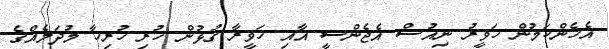
އެހެންކަމުން ހަވީރު ނިއުސް އެޖެންސީ އާއި ހަވީރާ ގުޅުން ހުރި ހުރިހާ މުދަލެއްގެ